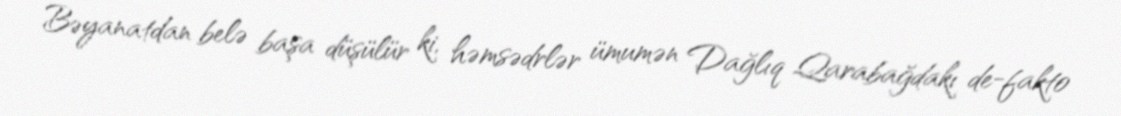
Bəyanatdan belə başa düşülür ki, həmsədrlər ümumən Dağlıq Qarabağdakı de-fakto